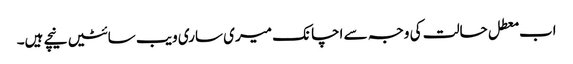
اب معطل حالت کی وجہ سے اچانک میری ساری ویب سائٹیں نیچے ہیں۔